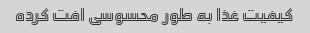
کیفیت غذا به طور محسوسی افت کرده